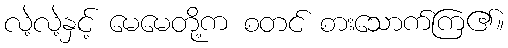
လဲ့လဲ့နှင့် မေမေတို့က စတင် စားသောက်ကြ၏။